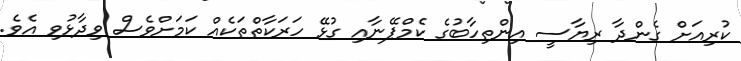
ކުރިއަށް ގެންދާ ރިޔާސީ އިންތިހާބުގެ ކެމްޕޭނާއި ގުޅޭ ހަރަކާތްތަކެއް ކަމަށްވެސް ވިދާޅުވި އެވެ.